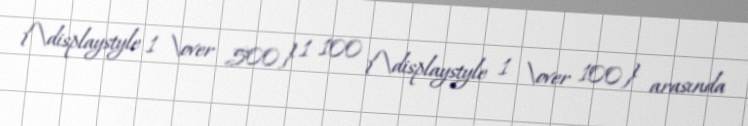
{\displaystyle 1 \over 500} 1 100 {\displaystyle 1 \over 100} arasında